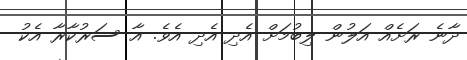
ދާނެ ރަށެއް އަލުން ލިބުމަށް އެދި އެދި އެވެ. އާ ސަރުކާރާ އެކު